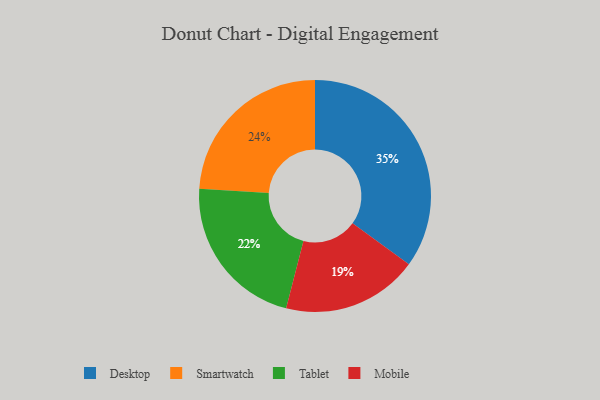
{"axis": {"x": "Category", "y": "Percentage"}, "legend": ["Desktop", "Mobile", "Smartwatch", "Tablet"], "data": [{"x": "Desktop", "y": 35, "type": "Desktop"}, {"x": "Tablet", "y": 22, "type": "Tablet"}, {"x": "Mobile", "y": 19, "type": "Mobile"}, {"x": "Smartwatch", "y": 24, "type": "Smartwatch"}]}